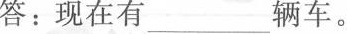
答：现在有___辆车。